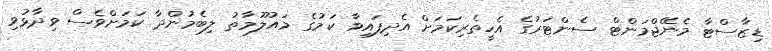
ޑިޒާސްޓާ މެނޭޖްމަންޓް ސެންޓަރުގެ އެހީތެރިކަމަށް އެދިފައިވާ ކަމުގެ މައުލޫމާތު ލިބެމުންދާ ކަމަށްވެސް ވިދާޅުވި